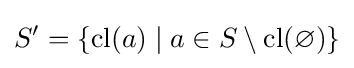
S'=\{{\text{cl}}(a)\mid a\in S\setminus {\text{cl}}(\varnothing )\}